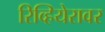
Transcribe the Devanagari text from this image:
रिव्हियेरावर